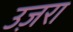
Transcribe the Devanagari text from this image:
उज़रा